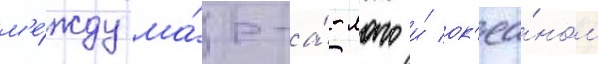
м'е́жду ма́р-а́-лаго и́ ок'еа́ном